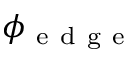
\phi _ { \mathrm { ~ e ~ d ~ g ~ e ~ } }